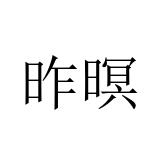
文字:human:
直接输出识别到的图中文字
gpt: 昨暝